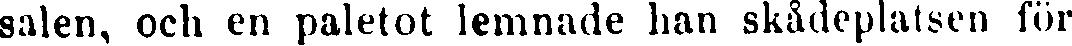
salen, och en paletot lemnade han skådeplatsen för